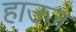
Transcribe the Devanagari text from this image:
हाउज